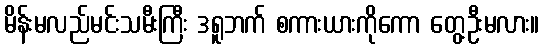
မိန်းမလည်မင်းသမီးကြီး ဒရူဘက် စကားယားကိုကော တွေ့ဦးမလား။